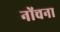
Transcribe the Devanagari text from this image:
नोंचना